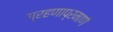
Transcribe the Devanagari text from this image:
ग्रहणाप्रमाणे